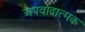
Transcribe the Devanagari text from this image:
अपवादात्मक